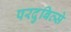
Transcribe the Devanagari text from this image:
परदुबित्से